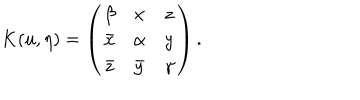
LaTeX: K ( u , \eta ) = \left( \begin{array} { c c c } { { \beta } } & { { x } } & { { z } } \\ { { \bar { x } } } & { { \alpha } } & { { y } } \\ { { \bar { z } } } & { { \bar { y } } } & { { \gamma } } \\ \end{array} \right) .